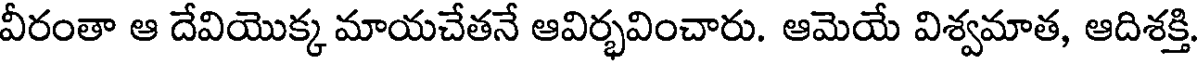
వీరంతా ఆ దేవియొక్క మాయచేతనే ఆవిర్భవించారు. ఆమెయే విశ్వమాత, ఆదిశక్తి